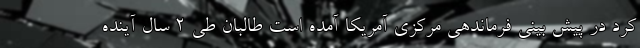
کرد در پیش بینی فرماندهی مرکزی آمریکا آمده است طالبان طی ۲ سال آینده